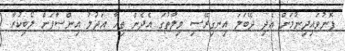
ފޮނުވައިދިނުމަށް އެދި ދޭބަލަ އިނގިރޭސި ވިލާތުގަ އެދެން ތިހާ އަދުލު އިންސާފަށް ލޯބިކުރާ